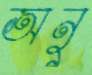
অনু